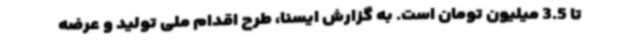
تا 3.5 میلیون تومان است. به گزارش ایسنا، طرح اقدام ملی تولید و عرضه